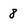
Character: 8